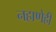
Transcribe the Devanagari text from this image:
नहाणेही